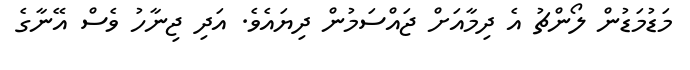
މަޑުމަޑުން ލޯންޗު އެ ދިމާއަށް ޖައްސަމުން ދިޔައެވެ. އަދި ޖިނާހު ވެސް އޭނާގެ